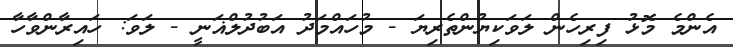
އެންމެ މޮޅު ފިރިހެން ލަވަކިޔުންތެރިޔަ - މުހައްމަދު އަބުދުލްޣަނީ - ލަވަ: ހައިރާންވާހާ